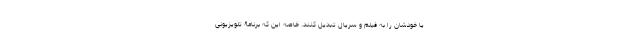
یا خودشان را به فیلم و سریال تبدیل کنند. خاصه این که برنامۀ تلویزیونی